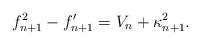
LaTeX: \begin{align*}f_{n+1}^2-f_{n+1}^{\prime}=V_{n}+\kappa_{n+1}^2.\end{align*}